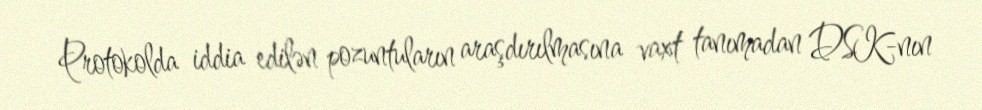
Protokolda iddia edilən pozuntuların araşdırılmasına vaxt tanımadan DSK-nın